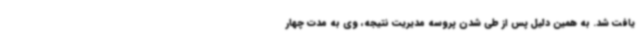
یافت شد. به همین دلیل پس از طی شدن پروسه مدیریت نتیجه، وی به مدت چهار